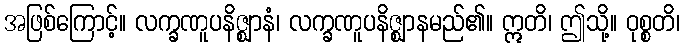
အဖြစ်ကြောင့်။ လက္ခဏူပနိဇ္ဈာနံ၊ လက္ခဏူပနိဇ္ဈာနမည်၏။ ဣတိ၊ ဤသို့။ ဝုစ္စတိ၊